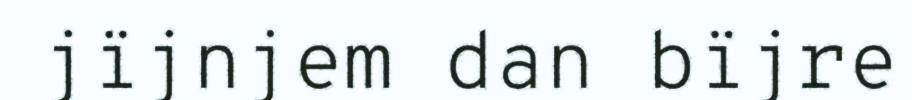
jïjnjem dan bïjre